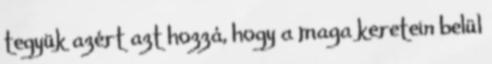
tegyük azért azt hozzá, hogy a maga keretein belül